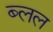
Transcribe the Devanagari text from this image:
ब्लल